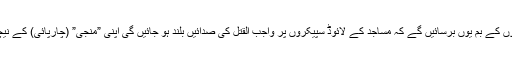
کوئی اُن پر اُنگلی اُٹھائے تو سہی…فتووں کے بم یوں برسائیں گے کہ مساجد کے لائوڈ سپیکروں پر واجب القتل کی صدائیں بلند ہو جائیں گی اپنی ”منجی” (چارپائی) کے نیچے کیا ہورہا ہے اُس کی پرواہ ہی نہیں۔